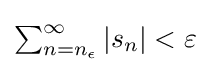
\textstyle \sum _{n=n_{\epsilon }}^{\infty }|s_{n}|<\varepsilon